Report on horse surra - Volume I
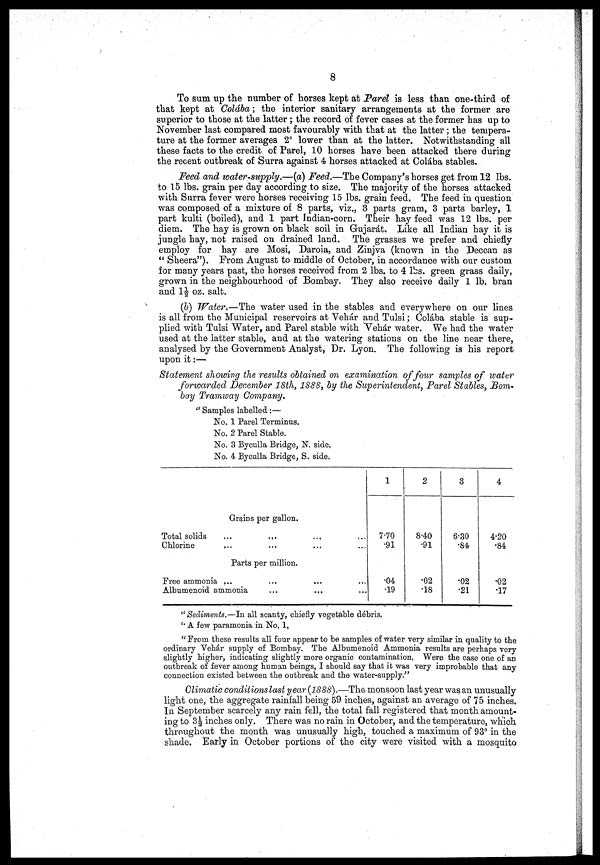
8
To sum up the number of horses kept at Parel is less than one-third of
that kept at Colába ; the interior sanitary arrangements at the former are
superior to those at the latter ; the record of fever cases at the former has up to
November last compared most favourably with that at the latter ; the tempera-
ture at the former averages 2° lower than at the latter. Notwithstanding all
these facts to the credit of Parel, 10 horses have been attacked there during
the recent outbreak of Surra against 4 horses attacked at Colába stables.
Feed and water-supply.—(a) Feed.—The Company's horses get from 12 lbs.
to 15 lbs. grain per day according to size. The majority of the horses attacked
with Surra fever were horses receiving 15 lbs. grain feed, The feed in question
was composed of a mixture of 8 parts, viz„ 3 parts gram, 3 parts barley, 1
part kulti (boiled), and 1 part Indian-corn. Their hay feed was 12 lbs. per
diem. The hay is grown on black soil in Gujarat. Like all Indian hay it is
jungle hay, not raised on drained land. The grasses we prefer and chiefly
employ for hay are Mosi, Daroia, and Zinjva (known in the Deccan as
" Sheera"). From August to middle of October, in accordance with our custom
for many years past, the horses received from 2 lbs. to 4 lbs. green grass daily,
grown in the neighbourhood of Bombay, They also receive daily 1 lb. bran
and 1½ oz. salt.
(b) Water.—The water used in the stables and everywhere on our lines
is all from the Municipal reservoirs at Vehár and Tulsi ; Colába stable is sup-
plied with Tulsi Water, and Parel stable with Vehár water. We had the water
used at the latter stable, and at the watering stations on the line near there,
analysed by the Government Analyst, Dr. Lyon. The following is his report
upon it :—
Statement showing the results obtained on examination of four samples of water
forwarded December 18th, 1888, by the Superintendent, Parel Stables, Bom
bay Tramway Company.
" Samples labelled :—
No, 1 Parel Terminus.
No. 2 Parel Stable.
No. 3 Byculla Bridge, N. side.
No. 4 Byculla Bridge, S. side.
Grains per gallon.
Total solids... ... ... ...
Chlorine
Parts per million.
Free ammonia
.........
Albumenoid
ammonia...
1
7.70
.91
.04
.19
2
8.40
.91
.02
.18
3
6.30
.84
.02
.21
4
4.20
.84
.02
.17
"Sediments.—In all scanty, chiefly vegetable débris.
'' A few paramonia in No. 1.
" From these results all four appear to be samples of water very similar in quality to the
ordinary Vehár supply of Bombay. The Albumenoid Ammonia results are perhaps very
slightly higher, indicating slightly more organic contamination. Were the case one of an
outbreak of fever among human beings, I should say that it was very improbable that any
connection existed between the outbreak and the water-supply."
Climatic conditions last year (1888).—The monsoon last year was an unusually
light one, the aggregate rainfall being 59 inches, against an average of 75 inches.
In September scarcely any rain fell, the total fall registered that month amount-
ing to 3½ inches only. There was no rain in October, and the temperature, which
throughout the month was unusually high, touched a maximum of 93° in the
shade. Early in October portions of the city were visited with a mosquito